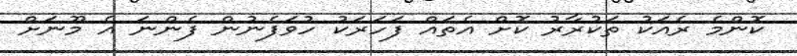
ކޮންމެ ރެއަކު ތަކުރާރު ކޮށް އެތައް ފަހަރަކު ހުވަފެނުން ފެންނަ އެ މޫނަށް